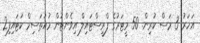
އަހަރު 3 މަސް ކުރިން. 50 މީޓަރުގެ ފްރީސްޓައިލް އިވެންޓުން މުއުތަސިމް ކަޓައިފި2